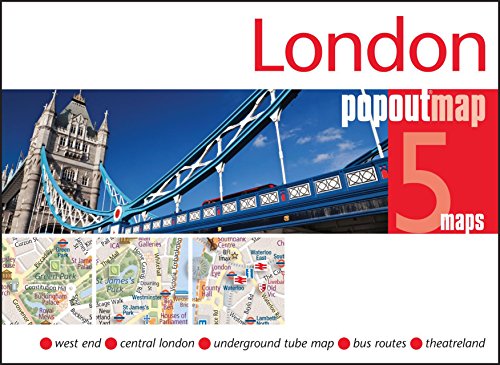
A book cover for London PopOut Map (PopOut Maps); Reference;